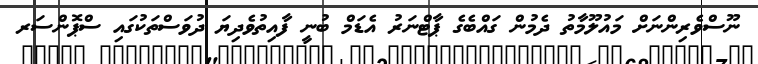
ނޫސްވެރިންނަށް މައުލޫމާތު ދެމުން ގައްބެގެ ޕާޓްނަރު އެޑަމް ބުނީ ފާއިތުވެދިޔަ ދުވަސްތަކުގައި ސްޕޮންސަރ